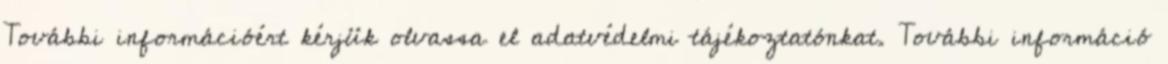
További információért kérjük olvassa el adatvédelmi tájékoztatónkat. További információ